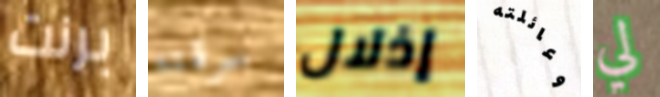
برنت سرقته إذلال وعائلته لي